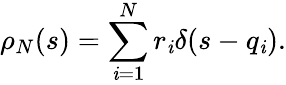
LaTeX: \rho_{N}(s)=\sum_{\mathit{i}=1}^{N}r_{\mathit{i}}\delta(s-q_{\mathit{i}}).